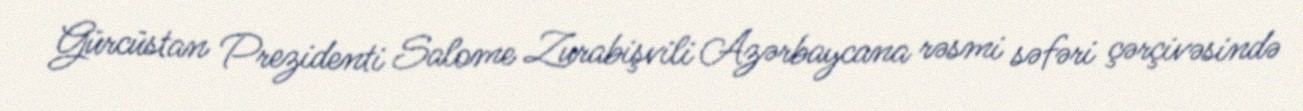
Gürcüstan Prezidenti Salome Zurabişvili Azərbaycana rəsmi səfəri çərçivəsində